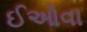
ઈઓવા